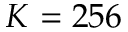
K = 2 5 6